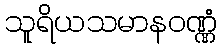
သူရိယသမာနဝဏ္ဏံ